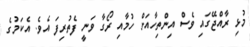
މުޅި ރާއްޖޭގައި ވެސް އިންތިހާއަށް ހުމާއި ރޯގާ ވަނީ ފެތުރިފަ އެވެ. އެކަމުގެ